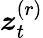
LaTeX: \boldsymbol{z}_{t}^{(r)}